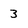
Character: 3